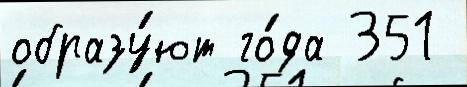
образу́ют го́да 351